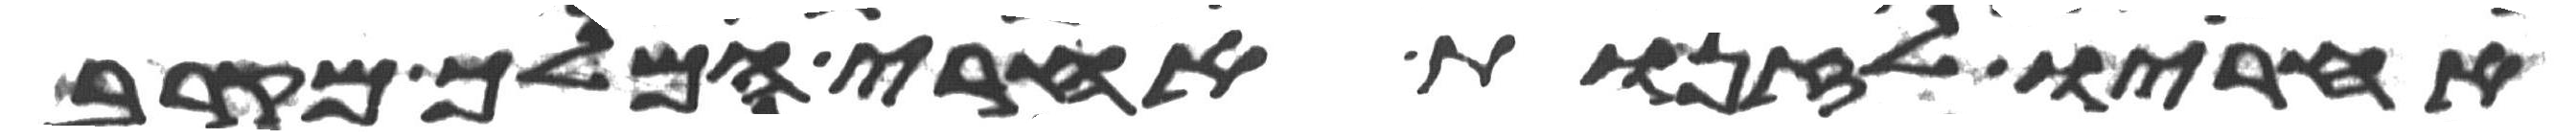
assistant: אחריו לזנות אחרי המלך מקרב